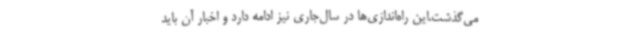
می‌گذشت.این راه‌اندازی‌ها در سال‌جاری نیز ادامه دارد و اخبار آن باید